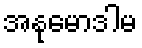
အနုမောဒါမ